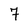
Character: 7